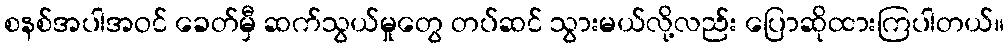
စနစ်အပါအဝင် ခေတ်မှီ ဆက်သွယ်မှုတွေ တပ်ဆင် သွားမယ်လို့လည်း ပြောဆိုထားကြပါတယ်။